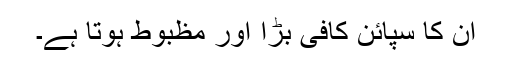
ان کا سپائن کافی بڑا اور مظبوط ہوتا ہے۔